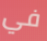
في